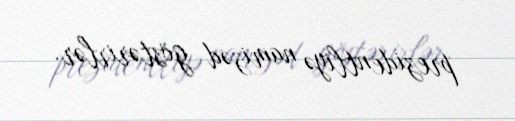
prezidentliyə namizəd göstərirlər.